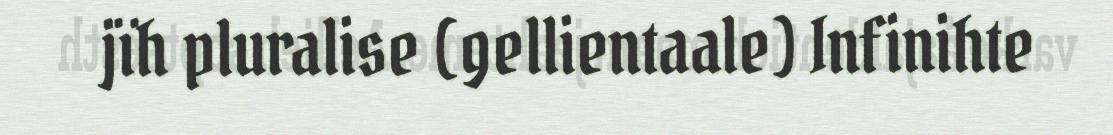
jïh pluralise (gellientaale) Infinihte